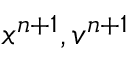
x ^ { n + 1 } , v ^ { n + 1 }